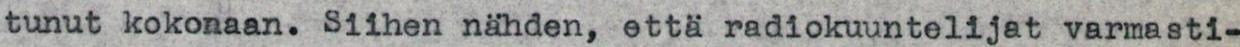
tunut kokonaan. Siihen nähden, että radiokuuntelijat varmasti-